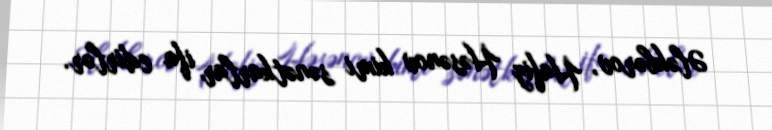
Ələkbərov, Hafiz Həsənov kimi sənətkarlar ifa edirlər.